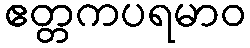
ဧတ္တကပရမာဝ